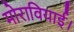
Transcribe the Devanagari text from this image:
मोरावियाई।